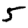
Digit: 5